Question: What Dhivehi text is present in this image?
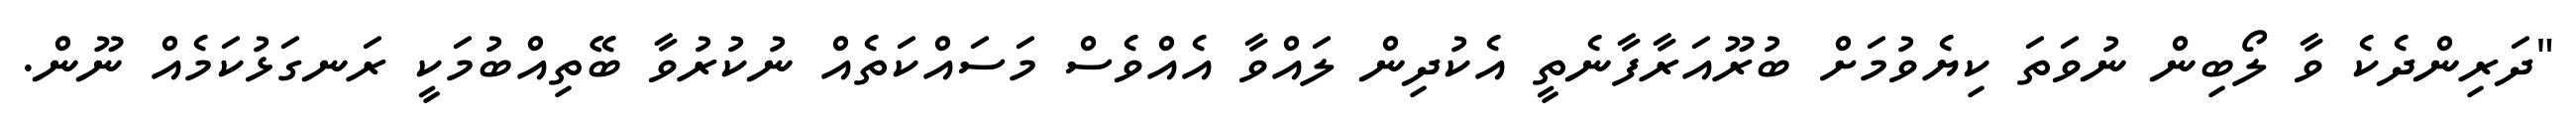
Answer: "ދަރިންދެކެ ވާ ލޯބިން ނުވަތަ ކިޔެވުމަށް ބުރޫއަރާފާނެތީ އެކުދިން ލައްވާ އެއްވެސް މަސައްކަތެއް ނުކުރުވާ ބޭތިއްބުމަކީ ރަނގަޅުކަމެއް ނޫން.